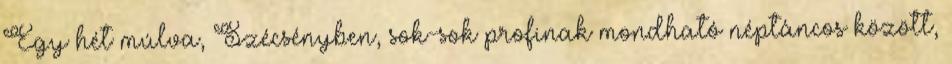
Egy hét múlva, Szécsényben, sok-sok profinak mondható néptáncos között,